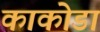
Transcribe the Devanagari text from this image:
काकोडा